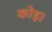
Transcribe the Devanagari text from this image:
कोइ।